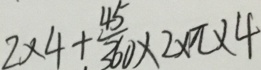
2 \times 4 + \frac { 4 5 } { 3 6 0 } \times 2 \times \pi \times 4